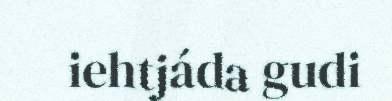
iehtjáda gudi